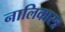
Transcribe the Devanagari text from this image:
नालिकास्‍त्र